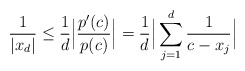
\begin{align*}\frac{1}{|x_d|}\le \frac{1}{d}\Big|\frac{p'(c)}{p(c)}\Big|=\frac{1}{d}\Big|\sum_{j=1}^d \frac{1}{c-x_j}\Big|\end{align*}